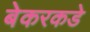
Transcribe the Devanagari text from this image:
बेकरकडे